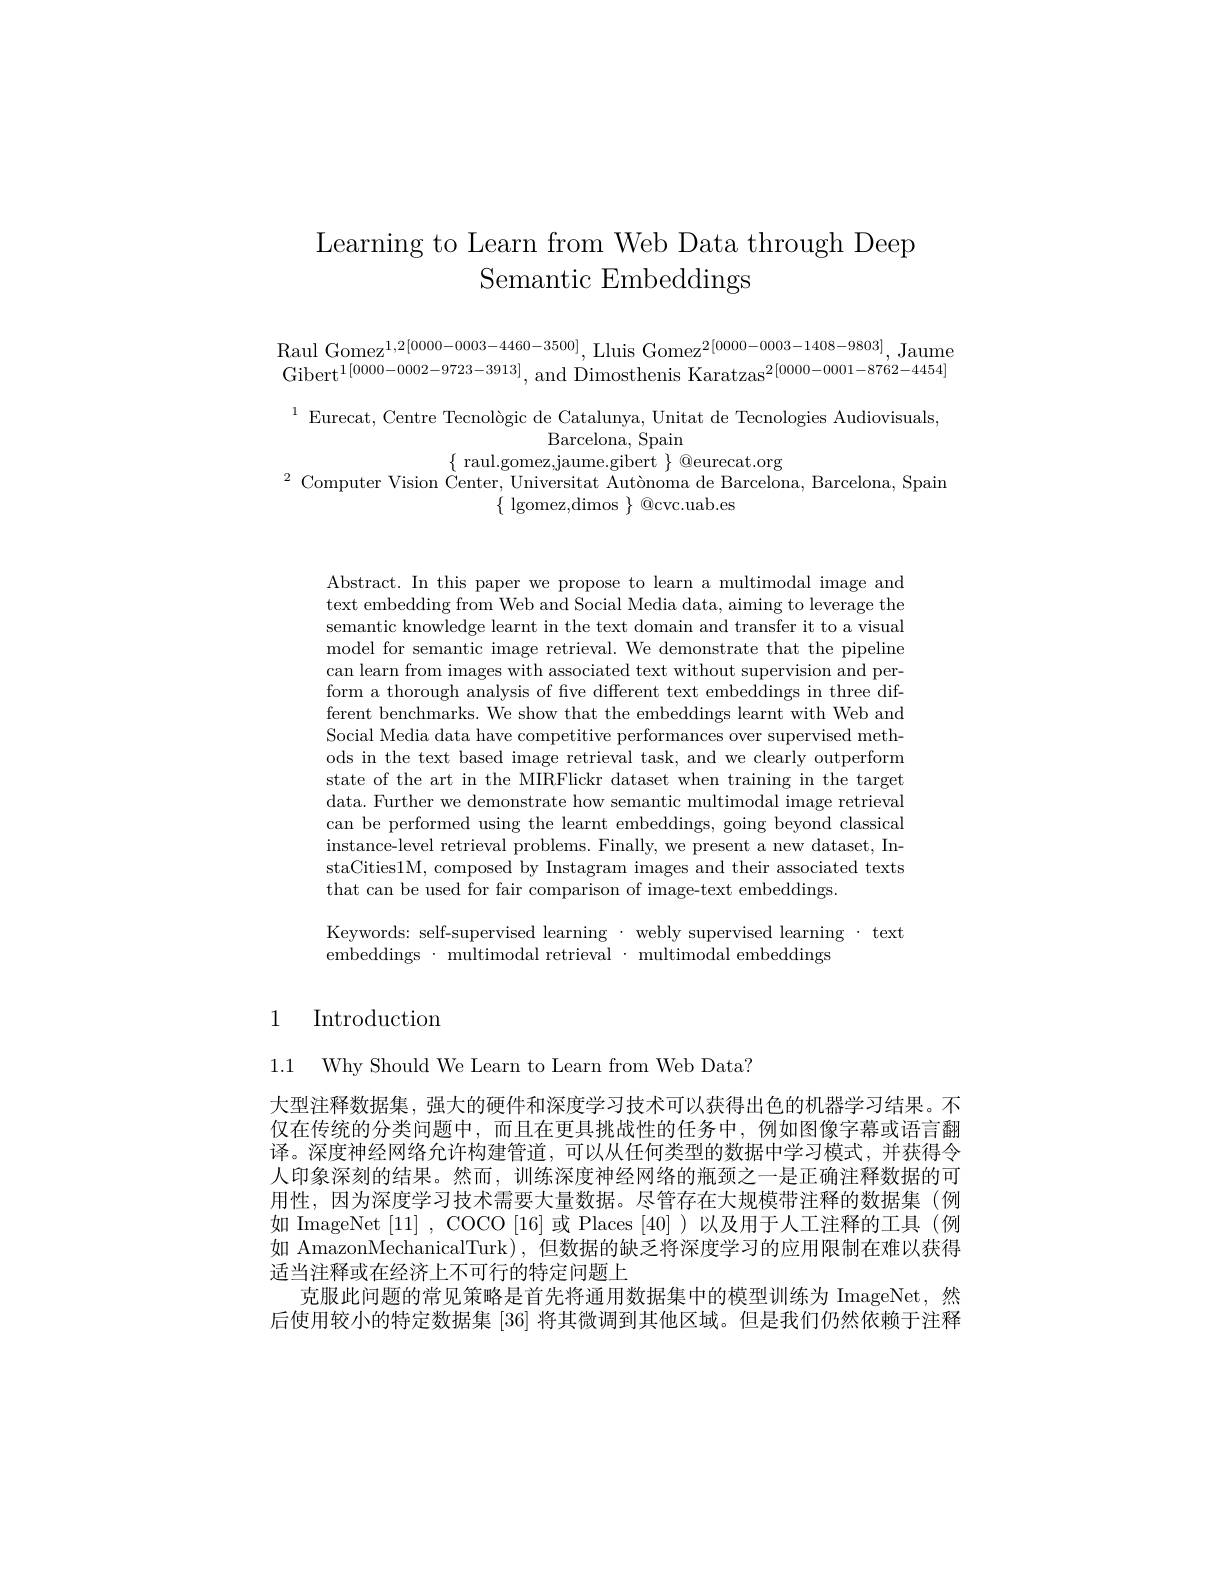
# Learning to Learn from Web Data through Deep Semantic Embeddings

$\begin{array}{l}\mathrm{Raul~Gomez^{1,2[0000-0003-4460-3500]},~Lluis~Gomez^{2[0000-0003-1408-9803]},~Jaume}\\\mathrm{Gibert^{1[0000-0002-9723-3913]},~and~Dimosthenis~Karatzas^{2[0000-0001-8762-4454]}}\end{array}$

$^{1}$Eurecat, Centre Tecnològic de Catalunya, Unitat de Tecnologies Audiovisuals,
$\operatorname{Barcelona,}\operatorname{Spain}$
$\begin{array}{c}\{\text{raul.gomez,jaume.gibert}\}@\text{eurecat.org}\\\text{Computer Vision Center,Universitat Autònoma de Barcelona, Barcelona, Spain}\\\text{Computer Vision Center, Universitat Autònoma de Barcelona, Barcelona, Spain}\end{array}$
$\{$ lgomez,dimos $\}$ @cvc.uab.es

Abstract. In this paper we propose to learn a multimodal image and text embedding from Web and Social Media data, aiming to leverage the semantic knowledge learnt in the text domain and transfer it to a visual model for semantic image retrieval. We demonstrate that the pipeline can learn from images with associated text without supervision and perform a thorough analysis of fve different text embeddings in three different benchmarks. We show that the embeddings learnt with Web and Social Media data have competitive performances over supervised methods in the text based image retrieval task, and we clearly outperform state of the art in the MIRFlickr dataset when training in the target data. Further we demonstrate how semantic multimodal image retrieval can be performed using the learnt embeddings, going beyond classical instance-level retrieval problems. Finally, we present a new dataset, InstaCities1M, composed by Instagram images and their associated texts that can be used for fair comparison of image-text embeddings.

Keywords: self-supervised learning · webly supervised learning · text
embeddings· multimodal retrieval $\cdot$ multimodal embeddings

# 1 Introduction

1.1 Why Should We Learn to Learn from Web Data?

大型注释数据集，强大的硬件和深度学习技术可以获得出色的机器学习结果。不仅在传统的分类问题中，而且在更具挑战性的任务中，例如图像字幕或语言翻译。深度神经网络允许构建管道，可以从任何类型的数据中学习模式，并获得令人印象深刻的结果。然而，训练深度神经网络的瓶颈之一是正确注释数据的可用性，因为深度学习技术需要大量数据。尽管存在大规模带注释的数据集(例如 ImageNet [11], COCO [16]或 Places [40] )以及用于人工注释的工具(例如 AmazonMechanicalTurk), 但数据的缺乏将深度学习的应用限制在难以获得适当注释或在经济上不可行的特定问题上
克服此问题的常见策略是首先将通用数据集中的模型训练为 ImageNet,然后使用较小的特定数据集[36]将其微调到其他区域。但是我们仍然依赖于注释